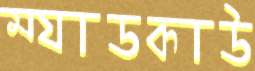
ম্যাডকাউ